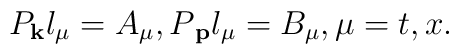
P_{{\bf k}}l_\mu =A_\mu ,P{\bf _p}l_\mu =B_\mu ,\mu =t,x.